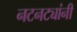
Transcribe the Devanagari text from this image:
नटनट्यांनी